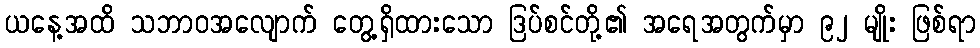
ယနေ့အထိ သဘာဝအလျောက် တွေ့ရှိထားသော ဒြပ်စင်တို့၏ အရေအတွက်မှာ ၉၂ မျိုး ဖြစ်ရာ